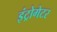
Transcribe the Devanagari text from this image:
इंट्रोगेटर